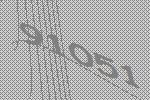
91051